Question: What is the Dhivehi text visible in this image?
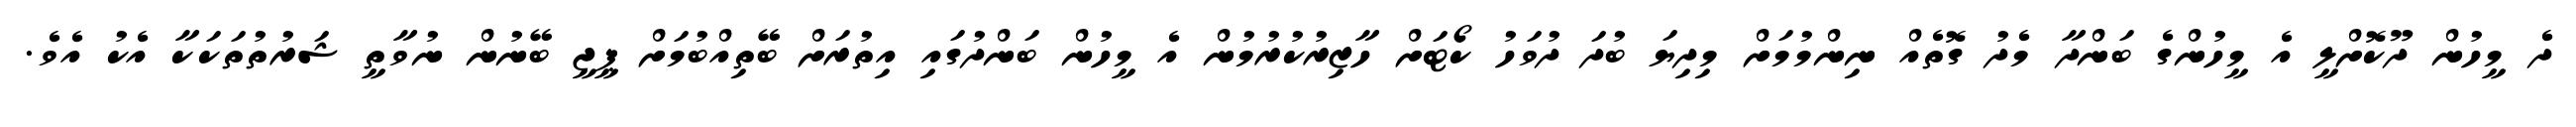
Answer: ދެ މީހުން ދޫކޮށްލީ އެ މީހުންގެ ބަންދާ މެދު ގޮތެއް ނިންމުމަށް މިދިޔަ ބުދަ ދުވަހު ކޯޓަށް ހާޒިރުކުރުމުން އެ މީހުން ބަންދުގައި އިތުރަށް ބޭތިއްބުމަށް ޕީޖީ ބޭނުން ނުވާތީ ޝަރުތުތަކަކާ އެކު އެވެ.